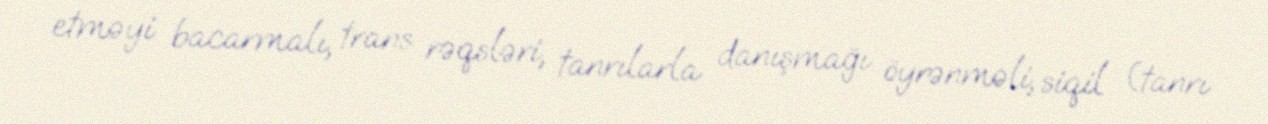
etməyi bacarmalı, trans rəqsləri, tanrılarla danışmağı öyrənməli, siqil (tanrı